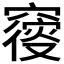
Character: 𥨝